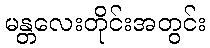
မန္တလေးတိုင်းအတွင်း